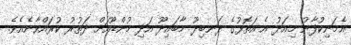
އެމަނިކުފާނު މިއަދު އެ އަތޮޅުގެ ދަނބިދޫ މާބައިދޫ އަދި މުންޑޫއަށް ދަތުރު ކުރައްވާނެއެވެ.